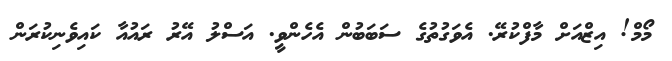
މޯމް! އިޒްއަށް މާފްކުރޭ. އެވަގުތުގެ ސަބަބުން އެހެންވީ. އަސްލު އޭރު ރައުއާ ކައިވެނިކުރަން